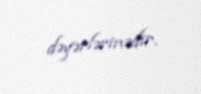
dəyərlərinədir.